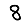
Digit: 8